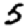
Digit: 5